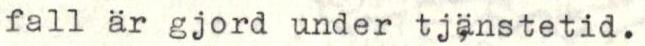
fall är gjord under tjänstetid.